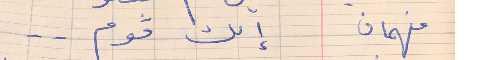
فهمان    إلك قوم  . .